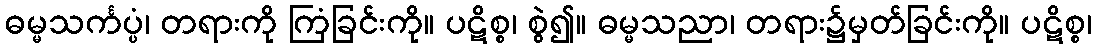
ဓမ္မသင်္ကပ္ပံ၊ တရားကို ကြံခြင်းကို။ ပဋိစ္စ၊ စွဲ၍။ ဓမ္မသညာ၊ တရား၌မှတ်ခြင်းကို။ ပဋိစ္စ၊